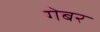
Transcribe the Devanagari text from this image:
गेबर